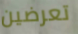
تعرضين